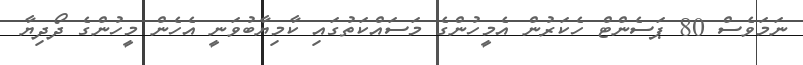
ނަމަވެސް 80 ޕަސެންޓް ހެކަރުން އެމީހުންގެ މަސައްކަތުގައި ކާމިޔާބުވަނީ އެހެން މީހުންގެ ދޯދިޔާ